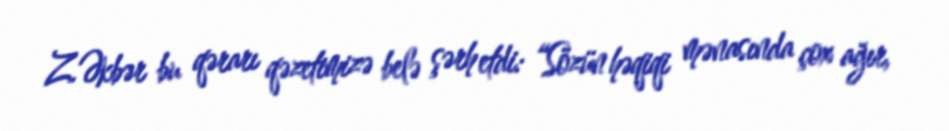
Z.Əkbər bu qərarı qəzetimizə belə şərh etdi: “Sözün həqiqi mənasında çox ağır,